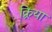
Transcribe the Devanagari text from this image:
क्र्रिया